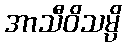
အာသီဝိသမ္ပိ